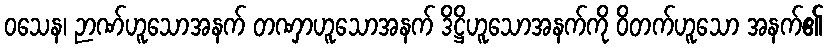
ဝသေန၊ ဉာဏ်ဟူသောအနက် တဏှာဟူသောအနက် ဒိဋ္ဌိဟူသောအနက်ကို ဝိတက်ဟူသော အနက်၏